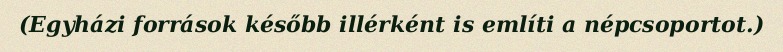
(Egyházi források később illérként is említi a népcsoportot.)